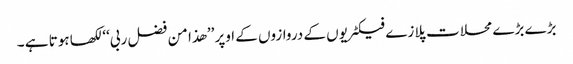
بڑے بڑے محلات پلازے فیکٹریوں کے دروازوں کے اوپر ’’ھذا من فضل ربی‘‘لکھا ہوتا ہے ۔